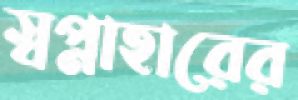
স্বপ্নাহারের